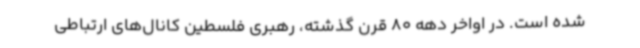
شده است. در اواخر دهه 80 قرن گذشته، رهبری فلسطین کانال‌های ارتباطی